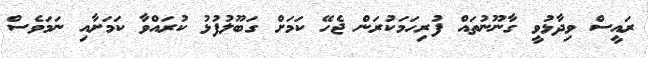
ރައީސް ވިދާޅުވީ ގާނޫނުތައް ފުރިހަމަކުރަން ޖެހޭ ކަމަށް ގަބޫލުފުޅު ކުރައްވާ ކަމަށާއި ނަމަވެސް